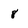
Character: 8